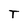
Character: T